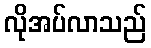
လိုအပ်လာသည်